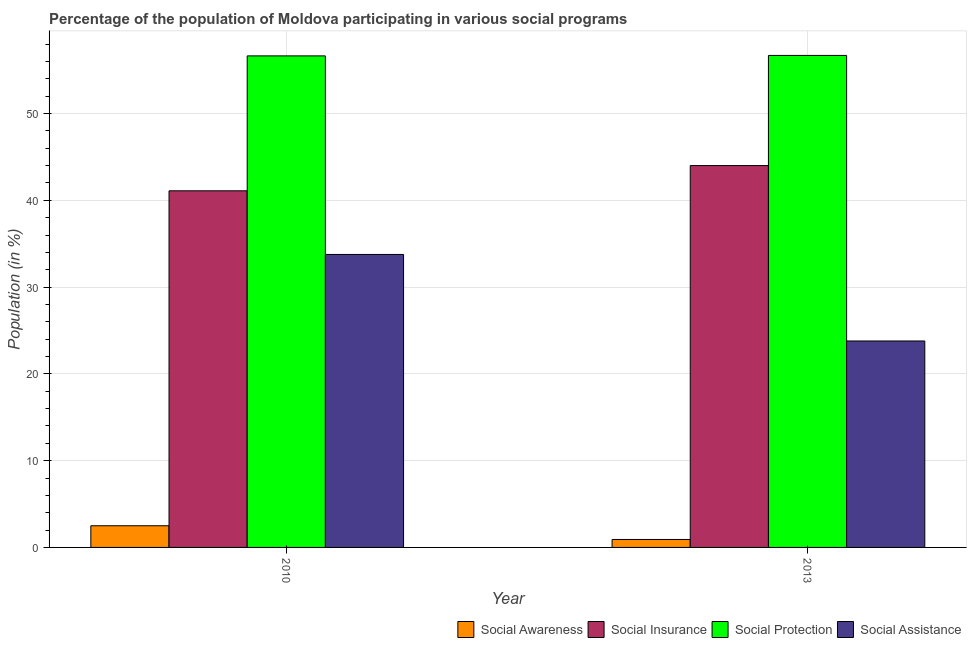
| Year | Social Awareness | Social Insurance | Social Protection | Social Assistance |
 | --- | --- | --- | --- | --- |
 | 2010 | 2.5 | 41.1 | 56.6 | 33.8 |
 | 2013 | 0.916 | 44 | 56.7 | 23.8 |